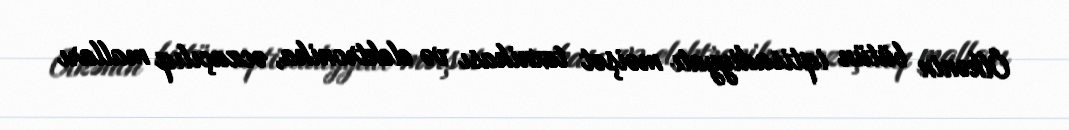
Ölkənin bütün iqtisadiyyatı məişət texnikası və elektronika, əczaçılıq malları